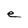
Character: e